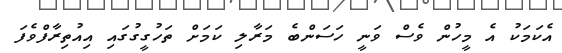
އެކަމަކު އެ މީހުން ވެސް ވަނީ ހަސަންބެ މަރާލި ކަމަށް ތަހުގީގުގައި އިއުތިރާފްވެފަ